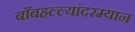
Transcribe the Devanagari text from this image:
बाँबहल्ल्यांदरम्यान